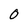
Character: 0